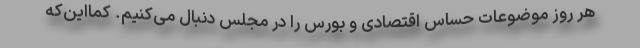
هر روز موضوعات حساس اقتصادی و بورس را در مجلس دنبال می‌کنیم. کمااین‌که